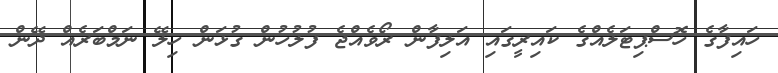
ހައިފާގެ ހޮސްޕިޓަލެއްގެ ކައިރީގައި އަލިފާން ރޯވެއްޖެ ފުލުހުން ގުޅަން ހިލޭ ނަމްބަރެއް ދޭން